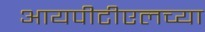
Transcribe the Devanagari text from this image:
आयपीटीएलच्या